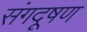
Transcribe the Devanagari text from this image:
संगदूषण